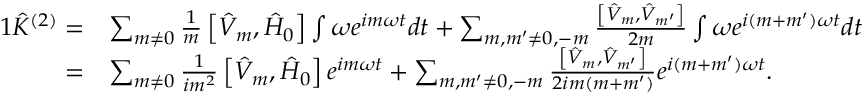
\begin{array} { r l } { { 1 } \hat { K } ^ { ( 2 ) } = } & { \sum _ { m \neq 0 } \frac { 1 } { m } \left[ \hat { V } _ { m } , \hat { H } _ { 0 } \right] \int \omega e ^ { i m \omega t } d t + \sum _ { m , m ^ { \prime } \neq 0 , - m } \frac { \left[ \hat { V } _ { m } , \hat { V } _ { m ^ { \prime } } \right] } { 2 m } \int \omega e ^ { i ( m + m ^ { \prime } ) \omega t } d t } \\ { = } & { \sum _ { m \neq 0 } \frac { 1 } { i m ^ { 2 } } \left[ \hat { V } _ { m } , \hat { H } _ { 0 } \right] e ^ { i m \omega t } + \sum _ { m , m ^ { \prime } \neq 0 , - m } \frac { \left[ \hat { V } _ { m } , \hat { V } _ { m ^ { \prime } } \right] } { 2 i m ( m + m ^ { \prime } ) } e ^ { i ( m + m ^ { \prime } ) \omega t } . } \end{array}